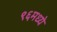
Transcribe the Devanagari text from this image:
९६मध्ये